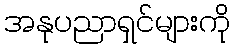
အနုပညာရှင်များကို